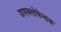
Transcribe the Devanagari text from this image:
डायक्लोफेनाक